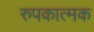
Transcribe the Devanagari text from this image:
रुपकात्मक